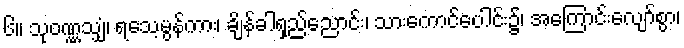
၆။ သုဝဏ္ဏသျှံ၊ ရသေ့မွန်ကား၊ ချိန်ခါရှည်ညောင်း၊ သားကောင်ပေါင်း၌၊ အကြောင်းလျော်စွာ၊